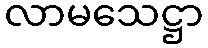
လာမသေဋ္ဌာ